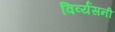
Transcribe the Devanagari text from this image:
विर्व्यसनी